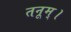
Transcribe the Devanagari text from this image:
तनूम्।